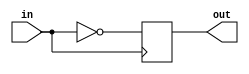
module inverter_delay(
  input wire in,
  output wire out
);

reg inverted;

always @ (posedge in)
begin
  #1 inverted <= ~in;
end

assign out = inverted;

endmodule